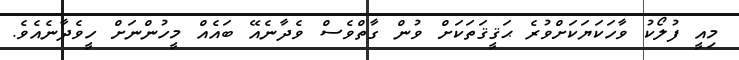
މިއީ ފުލޯކު ވާހަކަޔަކަށްވުރެ ޙަޤީޤަތަކަށް ވުން ގާތްވެސް ވެދާނެއޭ ބައެއް މީހުންނަށް ހީވެދާނެއެވެ.